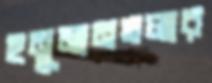
হনুমানতলার